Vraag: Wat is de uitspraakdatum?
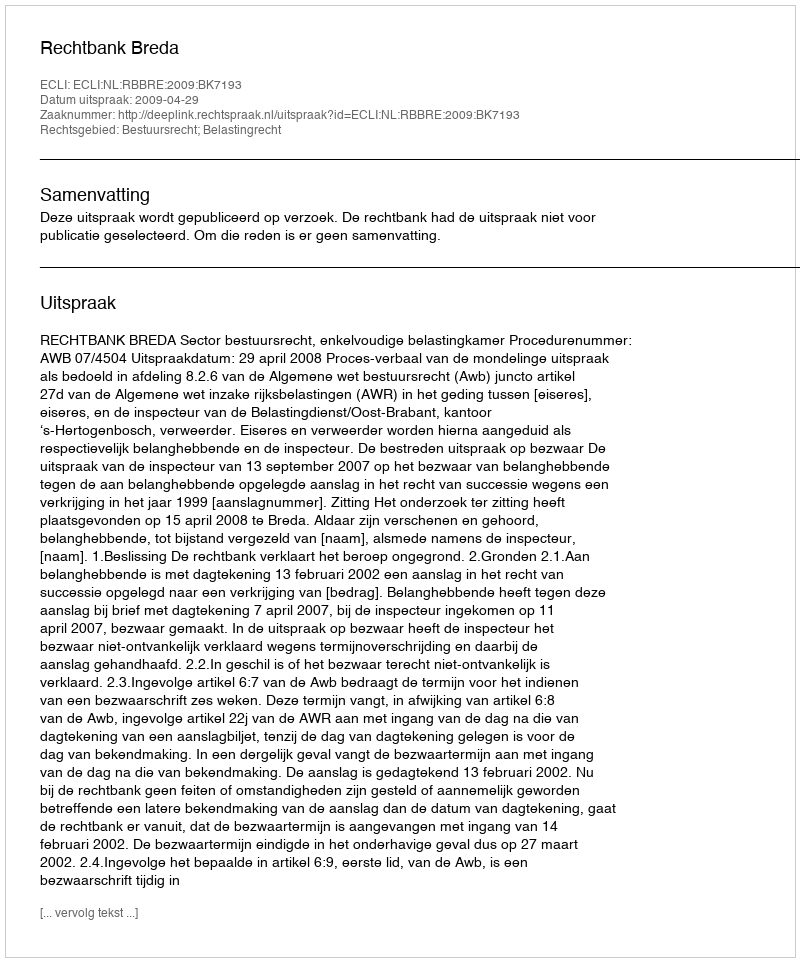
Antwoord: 2009-04-29